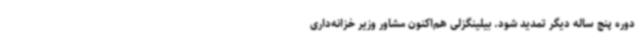
دوره پنج ساله دیگر تمدید شود. بیلینگزلی هم‌اکنون مشاور وزیر خزانه‌داری